Civil Veterinary Department. United Provinces 1932-42 - 1932-1942
Year: 1932
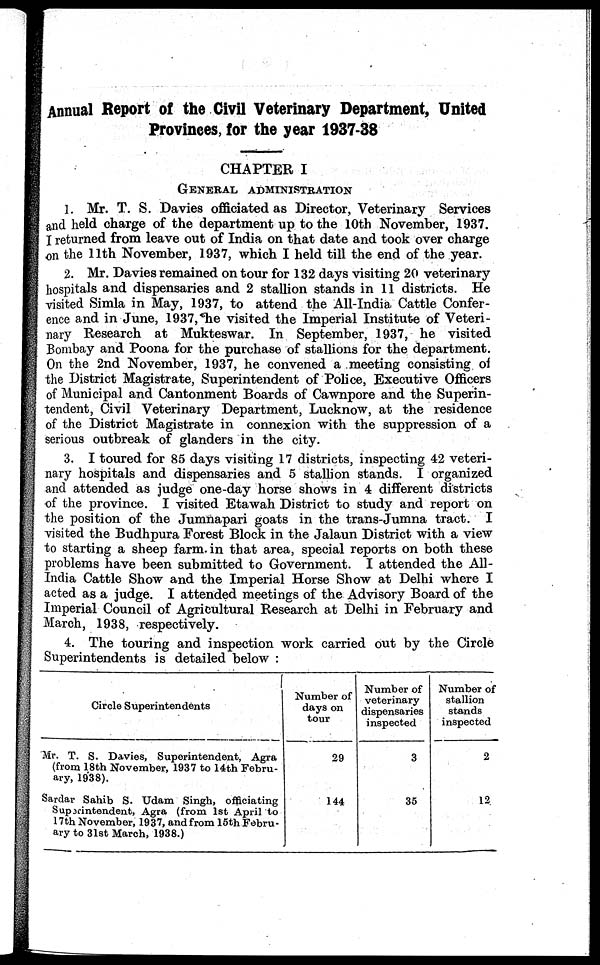
Annual Report of the Civil Veterinary Department, United
Provinces, for the year 1937-38
CHAPTER I
GENERAL ADMINISTRATION
1. Mr. T. S. Davies officiated as Director, Veterinary Services
and held charge of the department up to the 10th November, 1937.
I returned from leave out of India on that date and took over charge
on the 11th November, 1937, which I held till the end of the year.
2. Mr. Davies remained on tour for 132 days visiting 20 veterinary
hospitals and dispensaries and 2 stallion stands in 11 districts. He
visited Simla in May, 1937, to attend the All-India Cattle Confer-
ence and in June, 1937, he visited the Imperial Institute of Veteri-
nary Research at Mukteswar. In September, 1937, he visited
Bombay and Poona for the purchase of stallions for the department.
On the 2nd November, 1937, he convened a meeting consisting of
the District Magistrate, Superintendent of Police, Executive Officers
of Municipal and Cantonment Boards of Cawnpore and the Superin-
tendent, Civil Veterinary Department, Lucknow, at the residence
of the District Magistrate in connexion with the suppression of a
serious outbreak of glanders in the city.
3. I toured for 85 days visiting 17 districts, inspecting 42 veteri-
nary hospitals and dispensaries and 5 stallion stands. I organized
and attended as judge one-day horse shows in 4 different districts
of the province. I visited Etawah District to study and report on
the position of the Jumnapari goats in the trans-Jumna tract. I
visited the Budhpura Forest Block in the Jalaun District with a view
to starting a sheep farm. in that area, special reports on both these
problems have been submitted to Government. I attended the All-
India Cattle Show and the Imperial Horse Show at Delhi where I
acted as a judge. I attended meetings of the Advisory Board of the
Imperial Council of Agricultural Research at Delhi in February and
March, 1938, respectively.
4. The touring and inspection work carried out by the Circle
Superintendents is detailed below:
Circle Superintendents
Mr. T. S. Davies, Superintendent, Agra
(from 18th November, 1937 to 14th Febru-
ary, 1938).
Sardar Sahib S. Udam Singh, officiating
Superintendent, Agra (from 1st April to
17th November, 1937, and from 15th Febru-
ary to 31st March, 1938.)
Number of
days on
tour
29
144
Number of
veterinary
dispensaries
inspected
3
35
Number of
stallion
stands
inspected
2
12